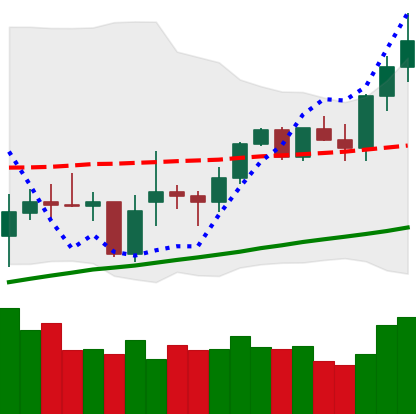
Ticker: XMR-USD
Chart end date: 2021-02-10
Forward return: 29.476%
Label: up_7plus